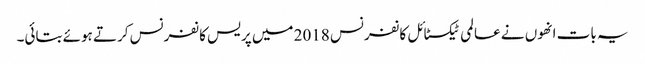
یہ بات انھوں نے عالمی ٹیکسٹائل کانفرنس 2018 میں پریس کانفرنس کرتے ہوئے بتائی۔